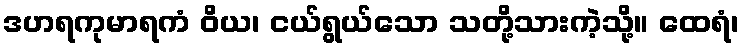
ဒဟရကုမာရကံ ဝိယ၊ ငယ်ရွယ်သော သတို့သားကဲ့သို့။ ထေရံ၊